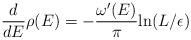
LaTeX: \begin{align*}{d\over dE} \rho(E) = -{\omega^\prime(E)\over\pi}{\rm ln}(L/\epsilon)\end{align*}